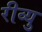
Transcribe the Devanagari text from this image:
रीव्यु